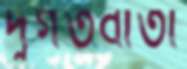
দুর্গতবার্তা